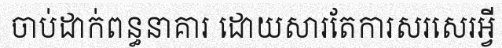
ចាប់ដាក់ពន្ធនាគារ ដោយសារតែការសរសេរអ្វី